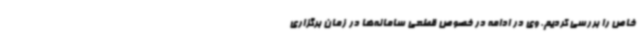
خاص را بررسی کردیم. وی در ادامه در خصوص قطعی سامانه‌ها در زمان برگزاری